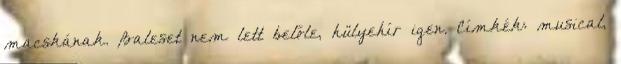
macskának. Baleset nem lett belőle, hülyehír igen. Címkék: musical,